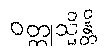
ဝတ္ထုသ္မိန္တိ